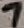
Text: 7